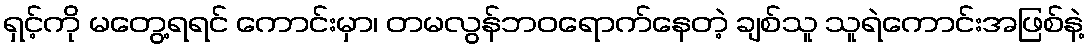
ရှင့်ကို မတွေ့ရရင် ကောင်းမှာ၊ တမလွန်ဘဝရောက်နေတဲ့ ချစ်သူ သူရဲကောင်းအဖြစ်နဲ့